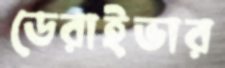
ডেরাইভার